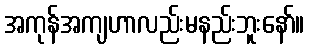
အကုန်အကျဟာလည်းမနည်းဘူးနော်။